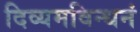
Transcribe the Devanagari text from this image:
दिव्यमविन्धनं